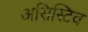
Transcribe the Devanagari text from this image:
असिस्टिव